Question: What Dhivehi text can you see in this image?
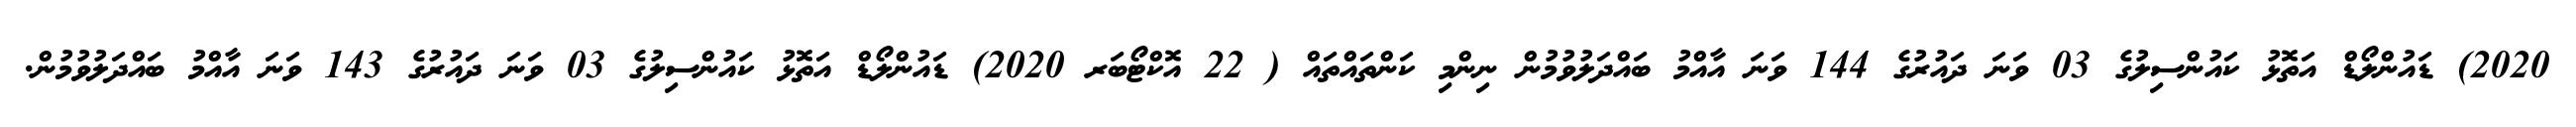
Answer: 2020) ޑައުންލޯޑް އަތޮޅު ކައުންސިލުގެ 03 ވަނަ ދައުރުގެ 144 ވަނަ އާއްމު ބައްދަލުވުމުން ނިންމި ކަންތައްތައް ( 22 އޮކްޓޯބަރ 2020) ޑައުންލޯޑް އަތޮޅު ކައުންސިލުގެ 03 ވަނަ ދައުރުގެ 143 ވަނަ އާއްމު ބައްދަލުވުމުން.